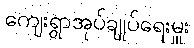
ကျေးရွာအုပ်ချုပ်ရေးမှူး